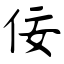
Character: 佞